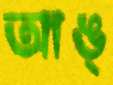
আঙ্